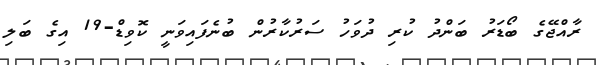
ރާއްޖޭގެ ބޯޑަރު ބަންދު ކުރި ދުވަހު ސަރުކާރުން ބުނެފައިވަނީ ކޮވިޑް-19 އިގެ ބަލި